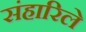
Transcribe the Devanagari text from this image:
संहारिले